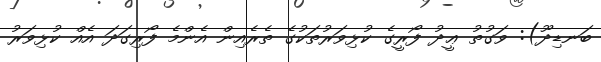
ބަނޑިދޫ): ވަގުތު ޢީދު ފޯރީގެ ކުޅިވަރުތަކުގެ ތެރެއިން އެންމެ ފޯރިގަދަ އެއް ކުޅިވަރު